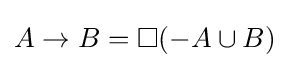
A\to B=\Box (-A\cup B)